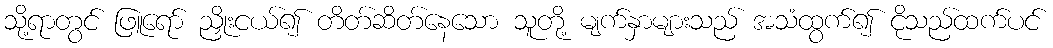
သို့ရာတွင် ဖြူရော် ညှိုးငယ်၍ တိတ်ဆိတ်နေသော သူတို့ မျက်နှာများသည် အသံထွက်၍ ငိုသည်ထက်ပင်